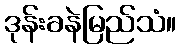
ဒုန်းခနဲမြည်သံ။